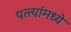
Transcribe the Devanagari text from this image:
पत्त्यांमध्ये